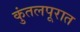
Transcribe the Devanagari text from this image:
कुंतलपूरात